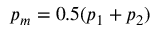
p _ { m } = 0 . 5 ( p _ { 1 } + p _ { 2 } )